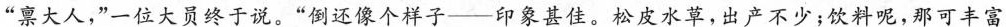
“禀大人,”一位大员终于说。“倒还像个样子——印象甚佳。松皮水草,出产不少;饮料呢，那可丰富